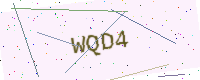
Text: WQD4